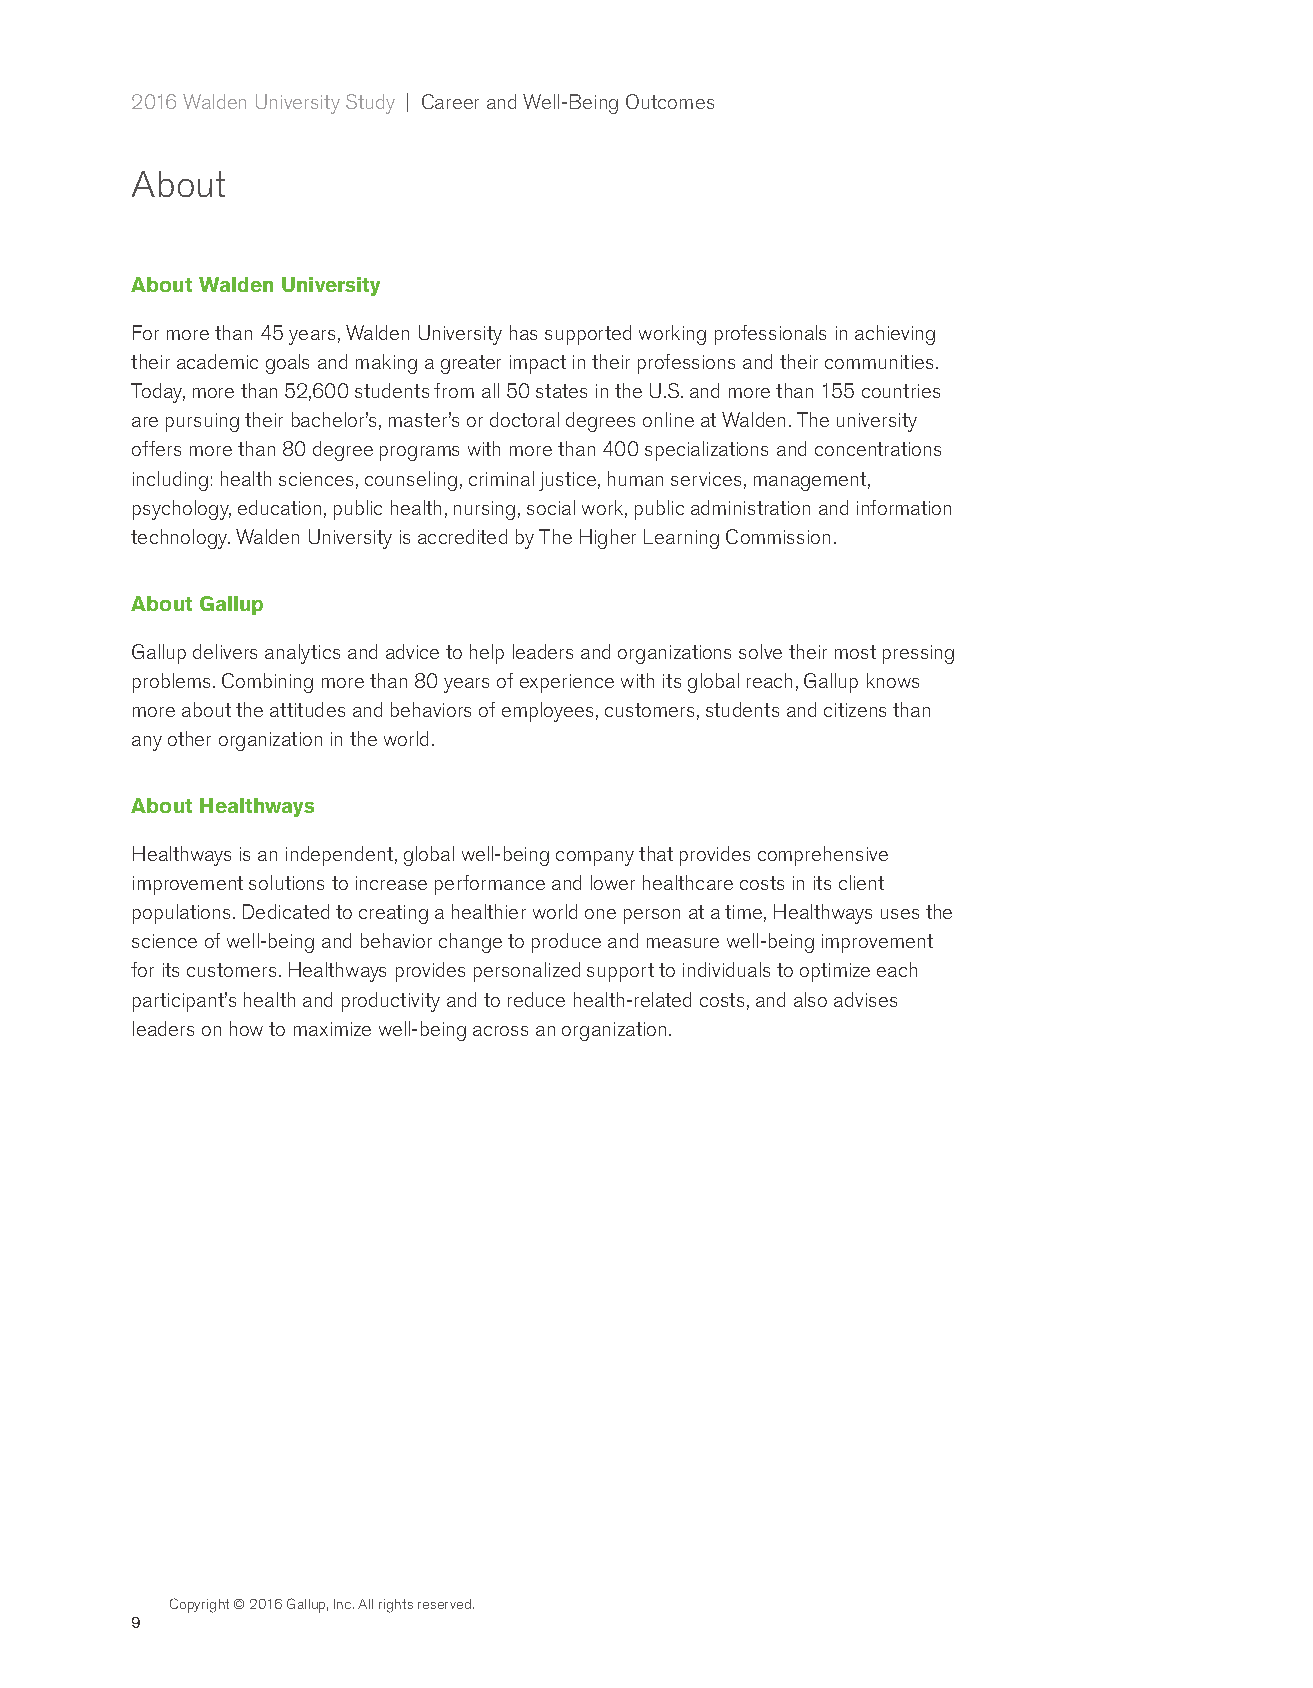
2016 Walden University Study | Career and Well-Being Outcomes
 About
 About Walden University
 For more than 45 years, Walden University has supported working professionals in achieving
 their academic goals and making a greater impact in their professions and their communities.
 Today, more than 52,600 students from all 50 states in the U.S. and more than 155 countries
 are pursuing their bachelor’s, master’s or doctoral degrees online at Walden. The university
 offers more than 80 degree programs with more than 400 specializations and concentrations
 including: health sciences, counseling, criminal justice, human services, management,
 psychology, education, public health, nursing, social work, public administration and information
 technology. Walden University is accredited by The Higher Learning Commission.
 About Gallup
 Gallup delivers analytics and advice to help leaders and organizations solve their most pressing
 problems. Combining more than 80 years of experience with its global reach, Gallup knows
 more about the attitudes and behaviors of employees, customers, students and citizens than
 any other organization in the world.
 About Healthways
 Healthways is an independent, global well-being company that provides comprehensive
 improvement solutions to increase performance and lower healthcare costs in its client
 populations. Dedicated to creating a healthier world one person at a time, Healthways uses the
 science of well-being and behavior change to produce and measure well-being improvement
 for its customers. Healthways provides personalized support to individuals to optimize each
 participant’s health and productivity and to reduce health-related costs, and also advises
 leaders on how to maximize well-being across an organization.
 Copyright © 2016 Gallup, Inc. All rights reserved.
 9